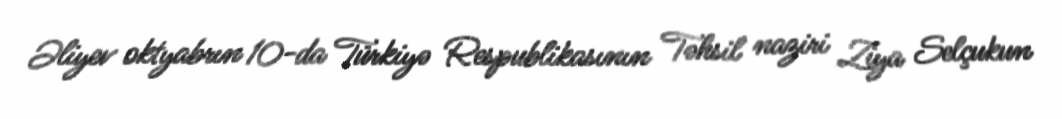
Əliyev oktyabrın 10-da Türkiyə Respublikasının Təhsil naziri Ziya Selçukun